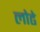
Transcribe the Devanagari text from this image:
लोढे